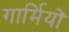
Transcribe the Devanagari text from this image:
गार्मियों